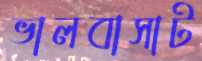
ভালবাসাট